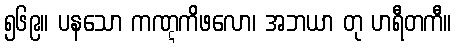
၅၆၉။ ပနသော ကဏ္ဋကိဖလော၊ အဘယာ တု ဟရီတကီ။